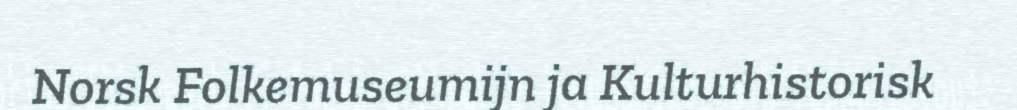
Norsk Folkemuseumijn ja Kulturhistorisk